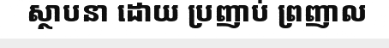
ស្ថាបនា ដោយ ប្រញាប់ ព្រញាល